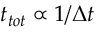
t _ { t o t } \propto 1 / \Delta t